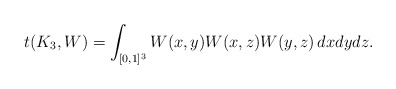
\begin{align*}t(K_3, W) = \int_{[0,1]^3} W(x,y)W(x,z)W(y,z) \, dxdydz.\end{align*}